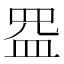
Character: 𰤺